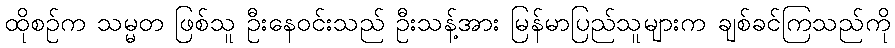
ထိုစဉ်က သမ္မတ ဖြစ်သူ ဦးနေဝင်းသည် ဦးသန့်အား မြန်မာပြည်သူများက ချစ်ခင်ကြသည်ကို